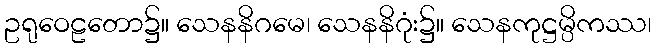
ဥရုဝေဠတော၌။ သေနနိဂမေ၊ သေနနိဂုံး၌။ သေနကုဋ္ဌမ္ပိကဿ၊